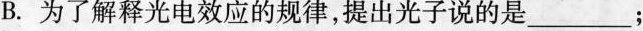
B.为了解释光电效应的规律，提出光子说的是___；